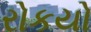
રોકયો